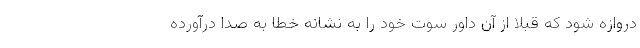
دروازه شود که قبلا از آن داور سوت خود را به نشانه خطا به صدا درآورده